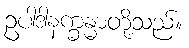
ဥပါဒါနက္ခန္ဓာတို့သည်။